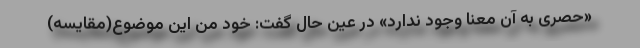
«حصری به آن معنا وجود ندارد» در عین حال گفت: خود من این موضوع(مقایسه)